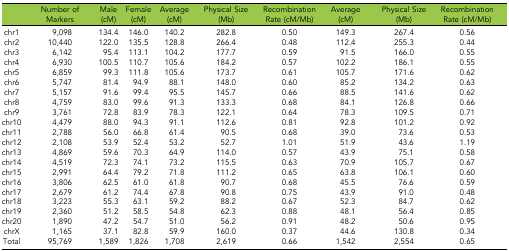
<table><thead><tr><td></td><td><b>Number of Markers</b></td><td><b>Male (cM)</b></td><td><b>Female (cM)</b></td><td><b>Average (cM)</b></td><td><b>Physical Size (Mb)</b></td><td><b>Recombination Rate (cM/Mb)</b></td><td><b>Average (cM)</b></td><td><b>Physical Size (Mb)</b></td><td><b>Recombination Rate (cM/Mb)</b></td></tr></thead><tbody><tr><td>chr1</td><td>9,098</td><td>134.4</td><td>146.0</td><td>140.2</td><td>282.8</td><td>0.50</td><td>149.3</td><td>267.4</td><td>0.56</td></tr><tr><td>chr2</td><td>10,440</td><td>122.0</td><td>135.5</td><td>128.8</td><td>266.4</td><td>0.48</td><td>112.4</td><td>255.3</td><td>0.44</td></tr><tr><td>chr3</td><td>6,142</td><td>95.4</td><td>113.1</td><td>104.2</td><td>177.7</td><td>0.59</td><td>91.5</td><td>166.0</td><td>0.55</td></tr><tr><td>chr4</td><td>6,930</td><td>100.5</td><td>110.7</td><td>105.6</td><td>184.2</td><td>0.57</td><td>102.2</td><td>186.1</td><td>0.55</td></tr><tr><td>chr5</td><td>6,859</td><td>99.3</td><td>111.8</td><td>105.6</td><td>173.7</td><td>0.61</td><td>105.7</td><td>171.6</td><td>0.62</td></tr><tr><td>chr6</td><td>5,747</td><td>81.4</td><td>94.9</td><td>88.1</td><td>148.0</td><td>0.60</td><td>85.2</td><td>134.2</td><td>0.63</td></tr><tr><td>chr7</td><td>5,157</td><td>91.6</td><td>99.4</td><td>95.5</td><td>145.7</td><td>0.66</td><td>88.5</td><td>141.6</td><td>0.62</td></tr><tr><td>chr8</td><td>4,759</td><td>83.0</td><td>99.6</td><td>91.3</td><td>133.3</td><td>0.68</td><td>84.1</td><td>126.8</td><td>0.66</td></tr><tr><td>chr9</td><td>3,761</td><td>72.8</td><td>83.9</td><td>78.3</td><td>122.1</td><td>0.64</td><td>78.3</td><td>109.5</td><td>0.71</td></tr><tr><td>chr10</td><td>4,479</td><td>88.0</td><td>94.3</td><td>91.1</td><td>112.6</td><td>0.81</td><td>92.8</td><td>101.2</td><td>0.92</td></tr><tr><td>chr11</td><td>2,788</td><td>56.0</td><td>66.8</td><td>61.4</td><td>90.5</td><td>0.68</td><td>39.0</td><td>73.6</td><td>0.53</td></tr><tr><td>chr12</td><td>2,108</td><td>53.9</td><td>52.4</td><td>53.2</td><td>52.7</td><td>1.01</td><td>51.9</td><td>43.6</td><td>1.19</td></tr><tr><td>chr13</td><td>4,869</td><td>59.6</td><td>70.3</td><td>64.9</td><td>114.0</td><td>0.57</td><td>43.9</td><td>75.1</td><td>0.58</td></tr><tr><td>chr14</td><td>4,519</td><td>72.3</td><td>74.1</td><td>73.2</td><td>115.5</td><td>0.63</td><td>70.9</td><td>105.7</td><td>0.67</td></tr><tr><td>chr15</td><td>2,991</td><td>64.4</td><td>79.2</td><td>71.8</td><td>111.2</td><td>0.65</td><td>63.8</td><td>106.1</td><td>0.60</td></tr><tr><td>chr16</td><td>3,806</td><td>62.5</td><td>61.0</td><td>61.8</td><td>90.7</td><td>0.68</td><td>45.5</td><td>76.6</td><td>0.59</td></tr><tr><td>chr17</td><td>2,679</td><td>61.2</td><td>74.4</td><td>67.8</td><td>90.8</td><td>0.75</td><td>43.9</td><td>91.0</td><td>0.48</td></tr><tr><td>chr18</td><td>3,223</td><td>55.3</td><td>63.1</td><td>59.2</td><td>88.2</td><td>0.67</td><td>52.3</td><td>84.7</td><td>0.62</td></tr><tr><td>chr19</td><td>2,360</td><td>51.2</td><td>58.5</td><td>54.8</td><td>62.3</td><td>0.88</td><td>48.1</td><td>56.4</td><td>0.85</td></tr><tr><td>chr20</td><td>1,890</td><td>47.2</td><td>54.7</td><td>51.0</td><td>56.2</td><td>0.91</td><td>48.2</td><td>50.6</td><td>0.95</td></tr><tr><td>chrX</td><td>1,165</td><td>37.1</td><td>82.8</td><td>59.9</td><td>160.0</td><td>0.37</td><td>44.6</td><td>130.8</td><td>0.34</td></tr><tr><td>Total</td><td>95,769</td><td>1,589</td><td>1,826</td><td>1,708</td><td>2,619</td><td>0.66</td><td>1,542</td><td>2,554</td><td>0.65</td></tr></tbody></table>